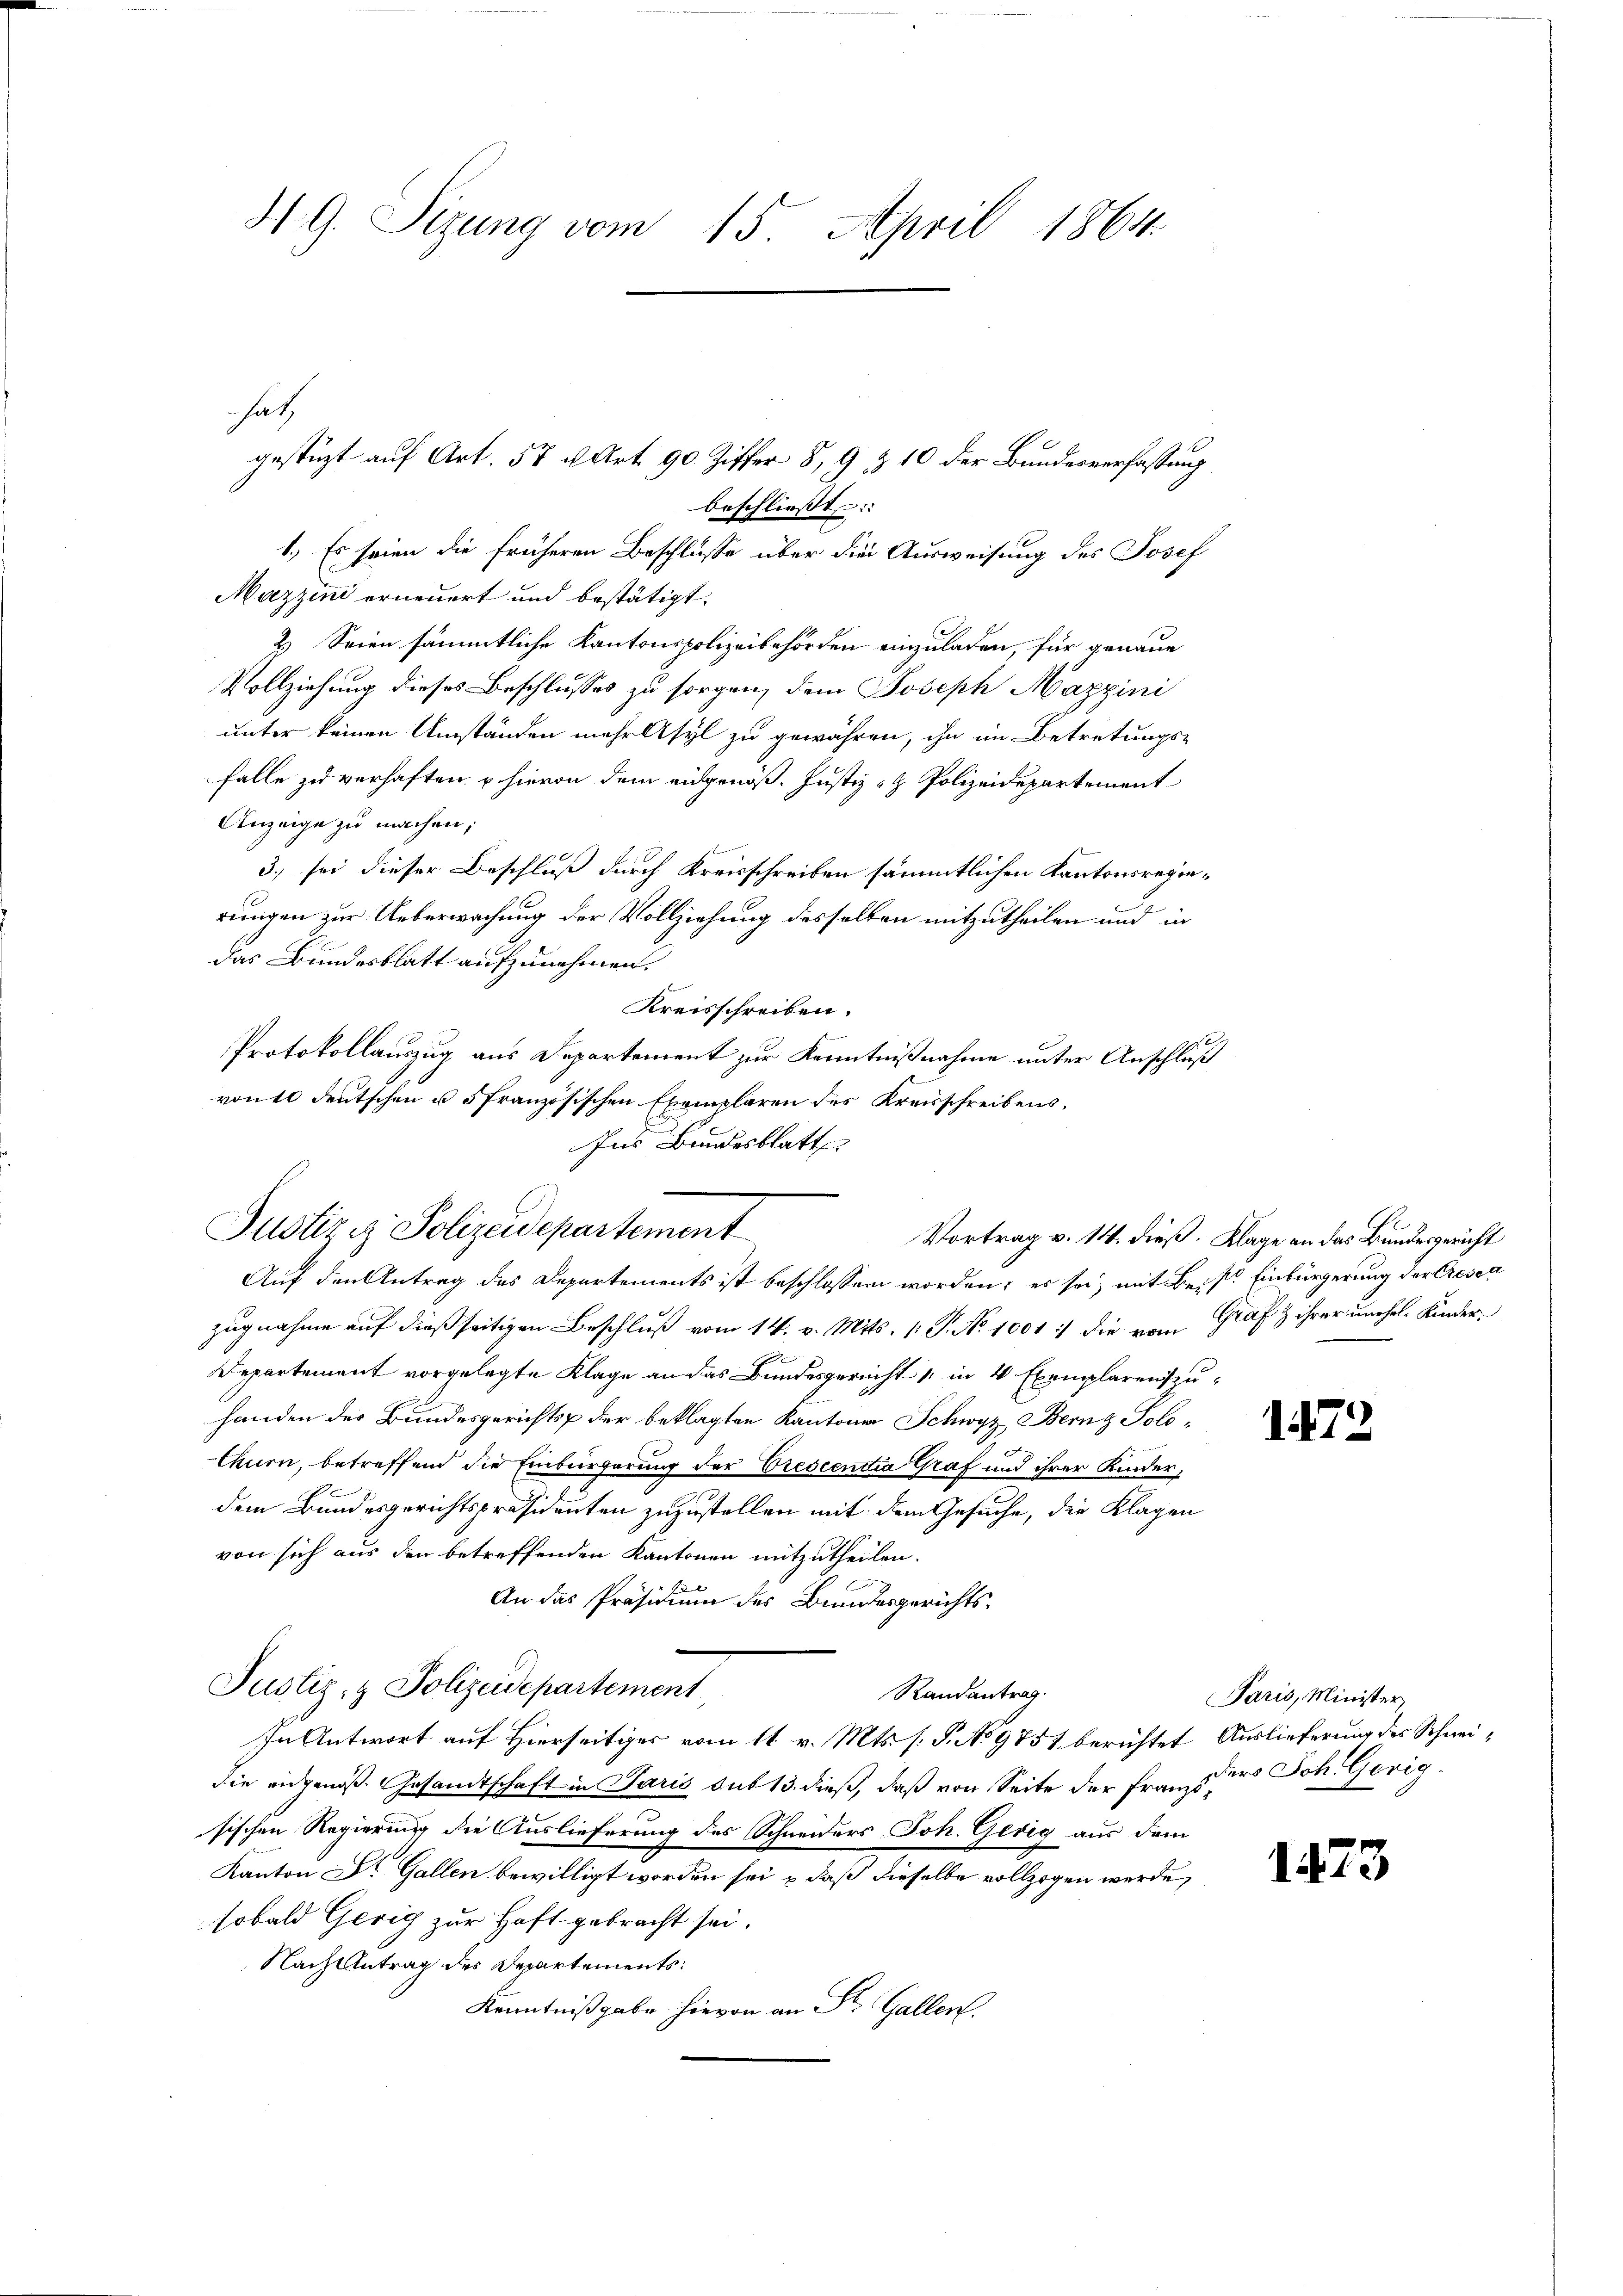
HG. Sizung vom 15. April 1864.

beschließt:
1.) Es seien die früheren Beschlüsse über die Ausweisung des Josef
Mazzini erneuert und bestätigt.
2.) Seien sämmtliche Kantonspolizeibehörden einzuladen, für genaue
Vollziehung dieses Beschlusses zu sorgen, dem Joseph Mazzini
unter keinen Umständen mehrt syl zu gewähren, ihn im Betretungsfalle zu verhaften u. hievon dem eidgenöß. Justiz- & Polizeidepartement
Anzeige zu machen;
3.) sei dieser Beschluß durch Kreisschreiben sämmtlichen Kantonsregierungen zur Ueberwachung der Vollziehung desselben mitzutheilen und in
das Bundesblatt aufzunehmen.
Kreisschreiben.
Protokollauszug aus Departement zur Kenntnißnahme unter Anschluß
von 10 deutschen u. 5 französischen Exemplaren des Kreisschreibens¬
Auf den Antrag des Departements ist beschlossen worden; es sei, mit Beis. Einbürgerung der Creser
zugnahme auf dießseitigen Beschluß vom 14. v. Mts. 1. P. No 1001 :/ die vom Graf & ihrer unehel. Kinder¬
.
Departement vorgelegte Klage an das Bundesgericht in 4 Exemplaren zuhanden des Bundesgerichts der beklagten Kantone Schwyz Bernz Solothurn, betreffend die Einbürgerung der Prescentia Graf und ihrer Kinderdem Bundesgerichtspräsidenten zuzustellen mit dem Gesuche, die Klagen
von sich aus den betreffenden Kantonen mitzutheilen.
An das Präsidium des Bundesgerichts¬
Justiz- & Polizeidepartement
Randantrag.
In Antwort auf Hierseitiges vom 11 v. Mts. s. S. No 9751 berichtet Auslieferung des Schneidie eidgenoß. Gesandtschaft in Paris sub 13. dieß, daß von Seite der Franz der Joh. Gerig
sischen Regierung die Auslieferung des Schneiders Joh. Gerig aus dem
Kanton Dr. Gallen bewilligt worden sei & daß dieselbe vollzogen werde,
sobald Gerig zur Haft gebracht sei.
Nach Antrag des Departements:
Kenntnißgabe hievon an Sr. Gallen.

satz
gestüzt auf Art. 57 u. Art. 90. Ziffer 8, 9 & 10 der Bundesverfassung

Ins Bundesblatt
Justiziz Polizeidepartement
Vortrag v. 14. dieß. Klage an das Bundesgericht

173

Paris, Minister

1473